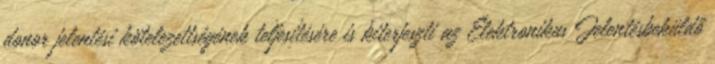
donor jelentési kötelezettségének teljesítésére is kiterjeszti az Elektronikus Jelentésbeküldő